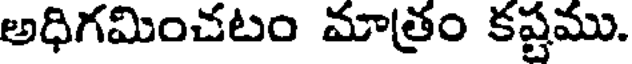
అధిగమించటం మాత్రం కష్టము.